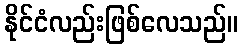
နိုင်ငံလည်းဖြစ်လေသည်။